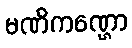
မဏိကဏ္ဌော